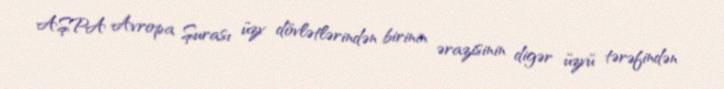
AŞPA Avropa Şurası üzv dövlətlərindən birinin ərazisinin digər üzvü tərəfindən